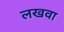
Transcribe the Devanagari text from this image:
लखवा